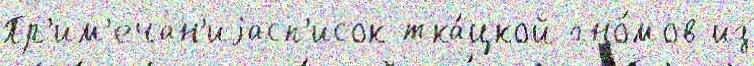
Пр'им'ечан'иjасп'исок тка́цкой гно́мов из